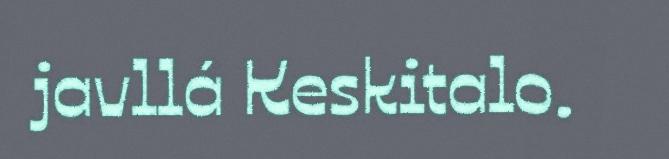
javllá Keskitalo.